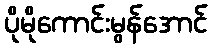
ပိုမိုကောင်းမွန်အောင်